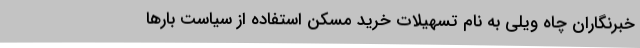
خبرنگاران چاه ویلی به نام تسهیلات خرید مسکن استفاده از سیاست بارها